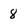
Character: 8